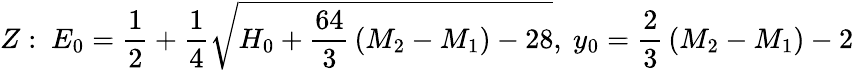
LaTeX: Z:~E_{0}={\frac{1}{2}}+{\frac{1}{4}}\sqrt{H_{0}+{\frac{64}{3}}\left(M_{2}-M_{1}\right)-28},~y_{0}={\frac{2}{3}}\left(M_{2}-M_{1}\right)-2